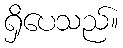
ရှိပေသည်။